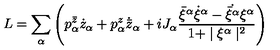
L = \sum _ { \alpha } \left( p _ { \alpha } ^ { \bar { z } } \dot { z } _ { \alpha } + p _ { \alpha } ^ { z } \dot { { \bar { z } } } _ { \alpha } + i J _ { \alpha } \frac { { \bar { \xi } } ^ { \alpha } \dot { \xi } ^ { \alpha } - \dot { \bar { \xi } ^ { \alpha } } \xi ^ { \alpha } } { 1 + \mid \xi ^ { \alpha } \mid ^ { 2 } } \right)